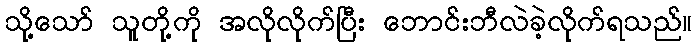
သို့သော် သူတို့ကို အလိုလိုက်ပြီး ဘောင်းဘီလဲခဲ့လိုက်ရသည်။